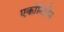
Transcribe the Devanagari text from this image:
एकोनिटिन